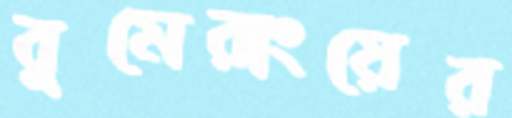
বুমেরাংয়ের